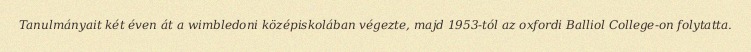
Tanulmányait két éven át a wimbledoni középiskolában végezte, majd 1953-tól az oxfordi Balliol College-on folytatta.